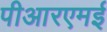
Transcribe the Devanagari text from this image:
पीआरएमई